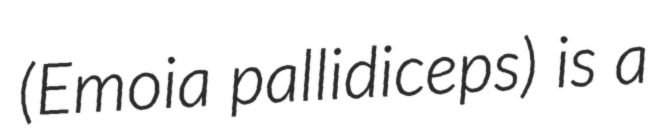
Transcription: (Emoia pallidiceps) is a